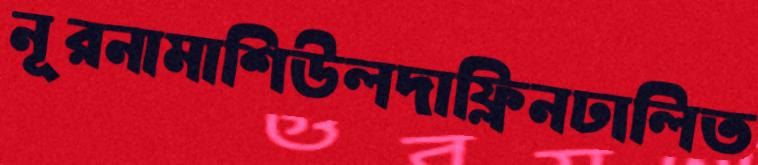
নূরনামাশিউলদাফ্লিনঢালিত